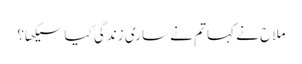
ملاح نے کہا تم نے ساری زندگی کیا سیکھا؟